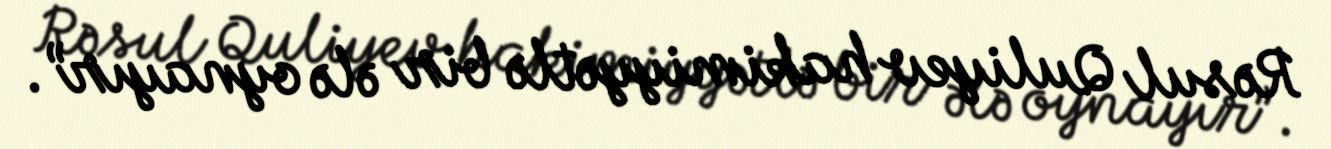
Rəsul Quliyev hakimiyyətlə bir ələ oynayır”.